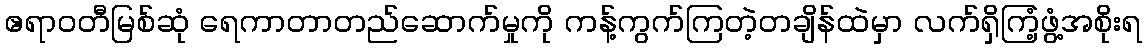
ဧရာဝတီမြစ်ဆုံ ရေကာတာတည်ဆောက်မှုကို ကန့်ကွက်ကြတဲ့တချိန်ထဲမှာ လက်ရှိကြံ့ဖွံ့အစိုးရ